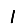
Digit: 1